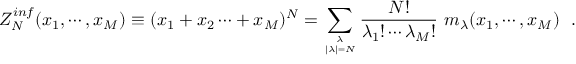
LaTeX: Z _ { N } ^ { i n f } ( x _ { 1 } , \cdots , x _ { M } ) \equiv ( x _ { 1 } + x _ { 2 } \cdots + x _ { M } ) ^ { N } = \sum _ { \lambda \atop { | \lambda | = N } } { \frac { N ! } { \lambda _ { 1 } ! \cdots \lambda _ { M } ! } } ~ m _ { \lambda } ( x _ { 1 } , \cdots , x _ { M } ) \, \, \, \, .